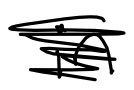
Text: and
Cross-out: scratch
Writing tool: digital_black